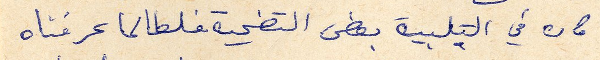
كان في التلبية بعض التضحية فلطالما عرفناه